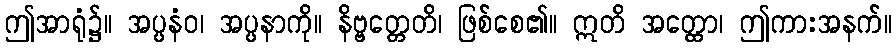
ဤအာရုံ၌။ အပ္ပနံဝ၊ အပ္ပနာကို။ နိဗ္ဗတ္တေတိ၊ ဖြစ်စေ၏။ ဣတိ အတ္ထော၊ ဤကားအနက်။